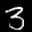
Label: 3